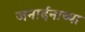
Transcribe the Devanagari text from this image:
जनार्दनाच्या